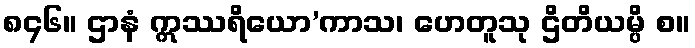
၈၄၆။ ဌာနံ ဣဿရိယော’ကာသ၊ ဟေတူသု ဌိတိယမ္ပိ စ။